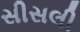
સીસલી